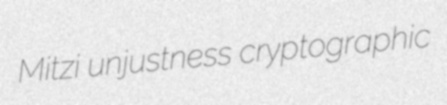
Mitzi unjustness cryptographic